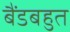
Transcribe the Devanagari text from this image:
बैंडबहुत